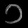
Digit: ၁